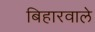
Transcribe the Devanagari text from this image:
बिहारवाले